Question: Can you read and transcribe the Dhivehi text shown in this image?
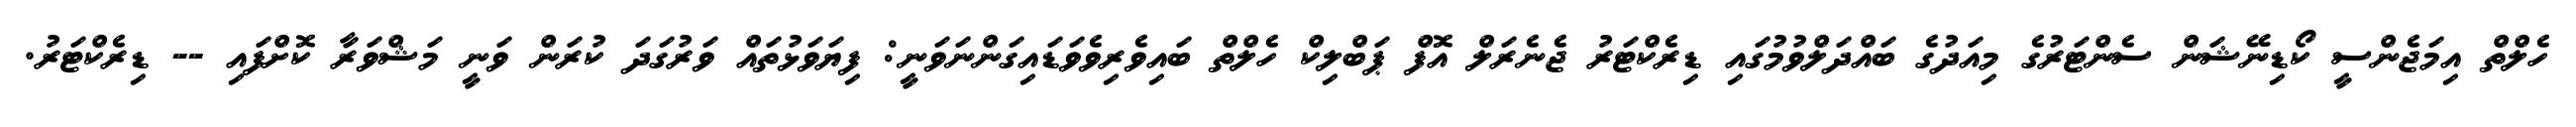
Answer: ހެލްތް އިމަޖެންސީ ކޯޑިނޭޝަން ސެންޓަރުގެ މިއަދުގެ ބައްދަލްވުމުގައި ޑިރެކްޓަރު ޖެނެރަލް އޮފް ޕަބްލިކް ހެލްތް ބައިވެރިވެވަޑައިގަންނަވަނީ: ފިޔަވަޅުތައް ވަރުގަދަ ކުރަން ވަނީ މަޝްވަރާ ކޮށްފައި -- ޑިރެކްޓަރު.